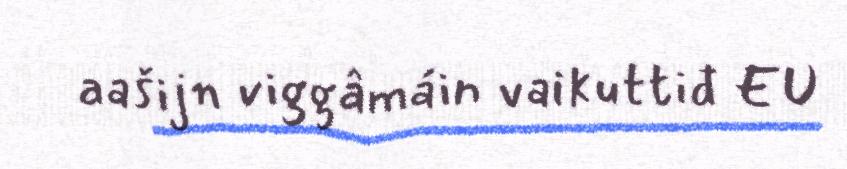
aašijn viggâmáin vaikuttiđ EU